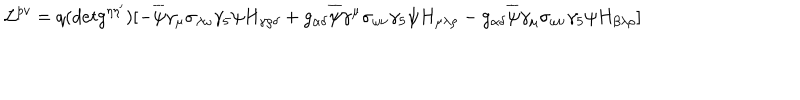
{ \cal { L } } ^ { p v } = q ( d e t g ^ { \eta \eta ^ { \prime } } ) [ - \overline { { { \psi } } } \gamma _ { \mu } \sigma _ { \lambda \omega } \gamma _ { 5 } \psi H _ { \gamma \rho \delta } + g _ { \alpha \delta } \overline { { { \psi } } } \gamma ^ { \mu } \sigma _ { \omega \nu } \gamma _ { 5 } \psi H _ { \mu \lambda \rho } - g _ { \alpha \delta } \overline { { { \psi } } } \gamma _ { \mu } \sigma _ { \omega \nu } \gamma _ { 5 } \psi H _ { \beta \lambda \rho } ]